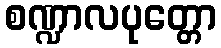
စဏ္ဍာလပုတ္တော